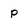
Character: p